Report on malaria in the Punjab during the year ...  together with an account of the work of the Punjab Malaria Bureau - Volume 5
Disease focus: Malaria
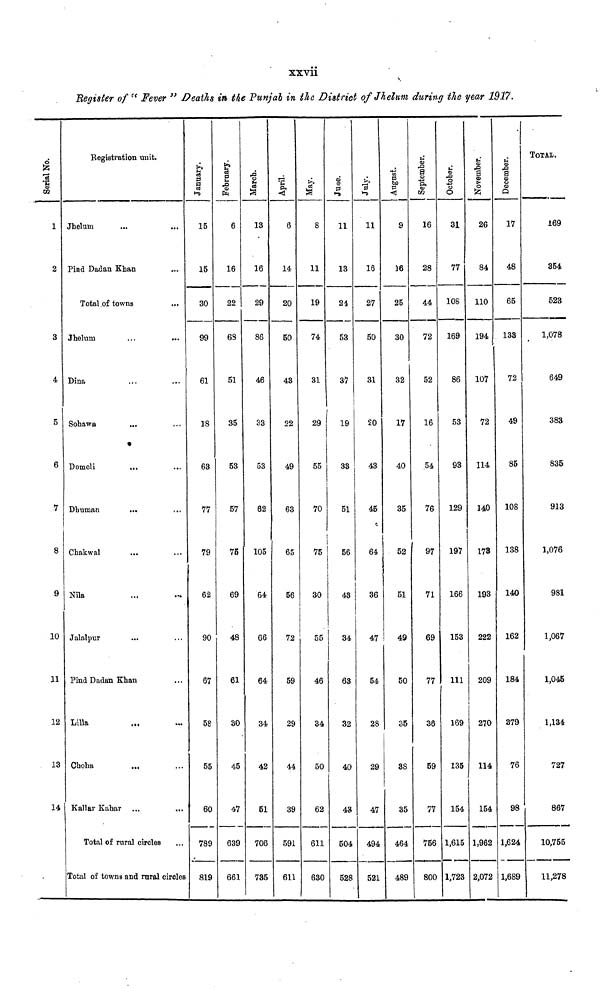
xxvii
"Register of " Fever ". Deaths in the Punjab in the District of Jhelum during the year 1917.
Serial No.
1
2
3
4
5
6
7
8
9
10
11
12
13
14
Registration unit.
Jhelum
...
Pind Dadan Khan
Total of towns
Jhelum
Dina
Sohawa
Domeli
Dhuman
Chakwal
Nila
Jalalpur
...
...
...
...
...
...
...
Pind Dadan Khan
Lilla
Choha
Kallar Kahar
...
...
Total of rural circles
...
...
...
...
...
...
...
...
...
...
...
...
...
Total of towns and rural circles
January.
15
15
30
99
61
18
63
77
79
62
90
67
58
55
60
789
819
6
16
22
68
51
3B
53
57
75
69
48
61
30
45
47
639
661
March.
13
16
29
86
46
S3
53
62
105
64
66
64
34
42
51
706
735
April.
6
14
20
50
43
22
49
63
65
56
72
59
29
44
39
591
611
May.
8
11
19
74
31
29
55
70
75
30
55
46
34
50
62
611
630
June.
11
13
24
53
37
19
33
51
56
43
34
63
32
40
43
504
528
11
16
27
50
31
20
43
45
64
36
47
54
28
29
47
494
521
August.
9
16
25
30
32
17
40
35
52
51
49
50
35
38
35
464
489
September.
16
28
44
72
52
16
54
76
97
71
69
77
36
59
77
756
800
October.
31
77
108
169
86
53
93
129
197
166
153
111
169
135
154
1,615
1,723
November.
26
84
110
194
107
72
114
140
178
193
222
209
270
114
154
1,962
2,072
December.
17
48
65
133
72
49
85
108
138
140
162
184
379
76
98
1,624
1,689
TOTAL.
169
354
523
1,078
649
383
835
913
1,076
981
1,067
1,045
1,134
727
867
10,755
11,278